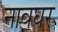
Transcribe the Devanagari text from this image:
नावघर